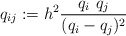
\begin{gather*}q_{ij}:= h^2 {q_i~q_j \over (q_i-q_j)^2}\end{gather*}